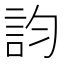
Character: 𧥺